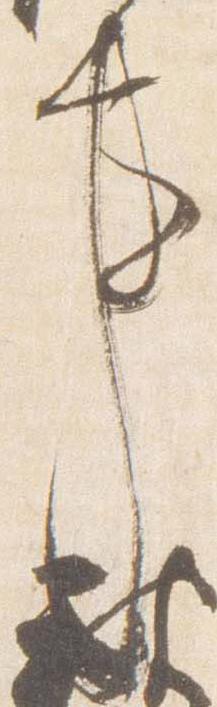
事